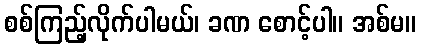
စစ်ကြည့်လိုက်ပါမယ်၊ ခဏ စောင့်ပါ။ အစ်မ။